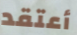
أعتقد